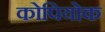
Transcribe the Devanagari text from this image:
कोपियोक